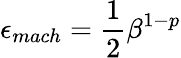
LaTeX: \epsilon_{mach}={\frac{1}{2}}\beta^{1-p}